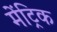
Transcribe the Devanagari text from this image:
मेंट्रिक